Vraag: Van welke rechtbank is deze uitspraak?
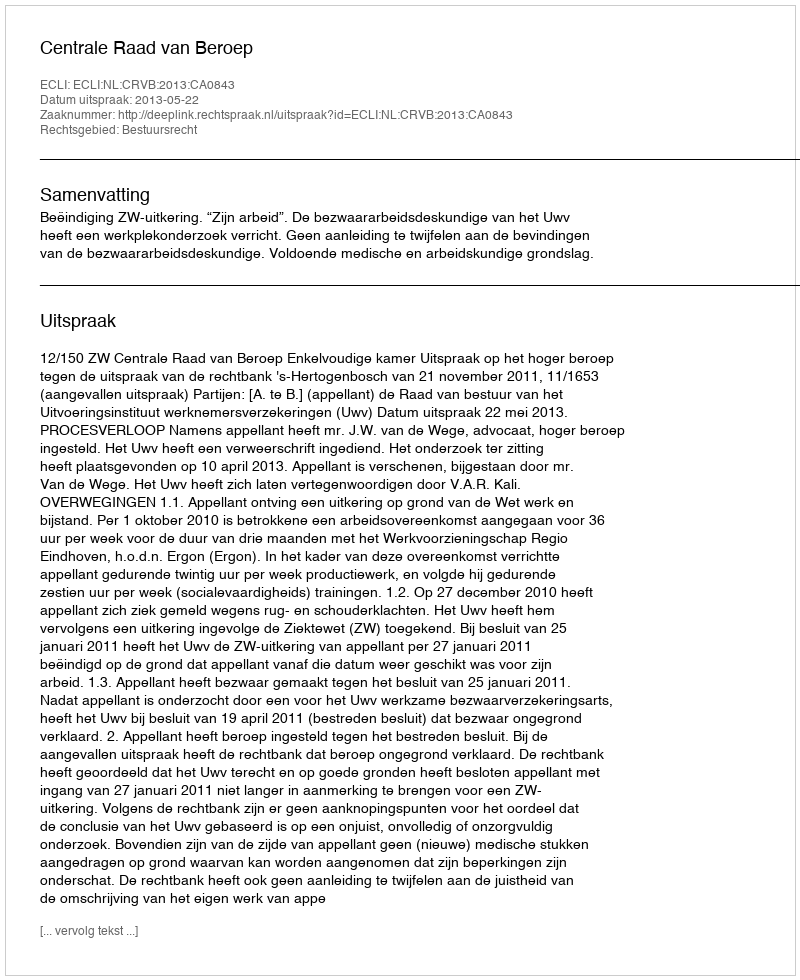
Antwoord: Centrale Raad van Beroep